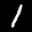
Label: 1